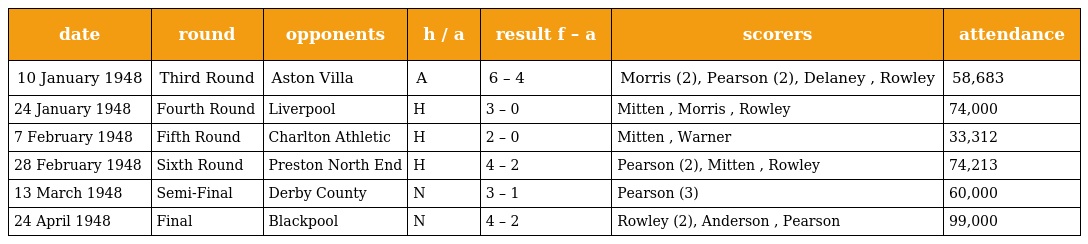
| date | round | opponents | h / a | result f – a | scorers | attendance |
 | --- | --- | --- | --- | --- | --- | --- |
 | 10 January 1948 | Third Round | Aston Villa | A | 6 – 4 | Morris (2), Pearson (2), Delaney , Rowley | 58,683 |
 | 24 January 1948 | Fourth Round | Liverpool | H | 3 – 0 | Mitten , Morris , Rowley | 74,000 |
 | 7 February 1948 | Fifth Round | Charlton Athletic | H | 2 – 0 | Mitten , Warner | 33,312 |
 | 28 February 1948 | Sixth Round | Preston North End | H | 4 – 2 | Pearson (2), Mitten , Rowley | 74,213 |
 | 13 March 1948 | Semi-Final | Derby County | N | 3 – 1 | Pearson (3) | 60,000 |
 | 24 April 1948 | Final | Blackpool | N | 4 – 2 | Rowley (2), Anderson , Pearson | 99,000 |